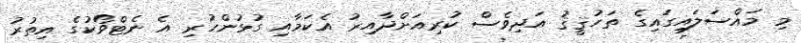
މި މައްސަލައިގައިގެ ތަހުޤީޤު އަދިވެސް ކުރިއަށްދާއިރު އެކަމާއި ގުޅުންހުރި އެ ނެޓްވޯކުގެ އިތުރު